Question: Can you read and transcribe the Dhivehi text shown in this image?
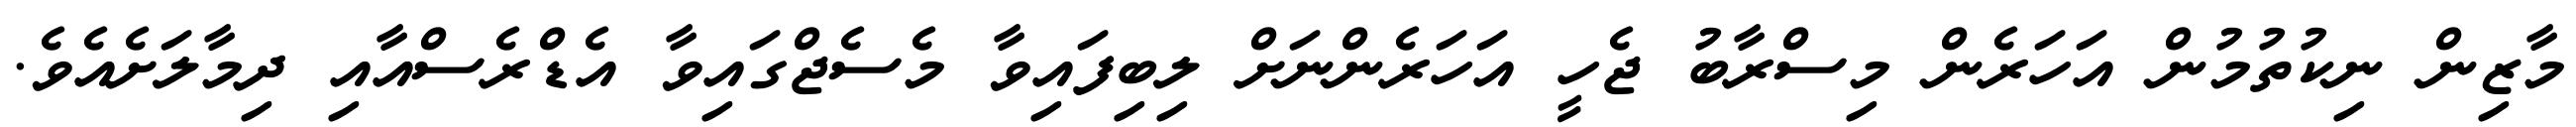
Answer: މާޒިން ނިކުތުމުން އަހަރެން މިސްރާބު ޖެހީ އަހަރެންނަށް ލިބިފައިވާ މެސެޖްގައިވާ އެޑްރެސްއާއި ދިމާލަށެއެވެ.